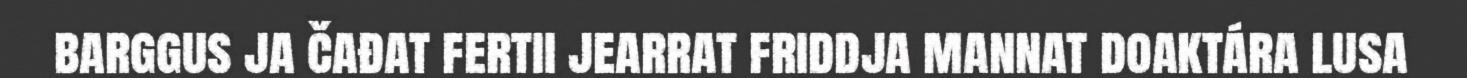
barggus ja čađat fertii jearrat friddja mannat doaktára lusa